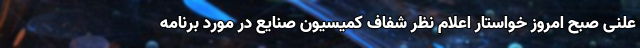
علنی صبح امروز خواستار اعلام نظر شفاف کمیسیون صنایع در مورد برنامه